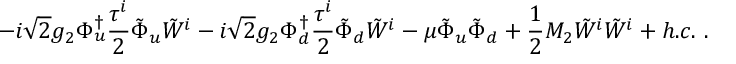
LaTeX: - i { \sqrt 2 } g _ { 2 } \Phi _ { u } ^ { \dagger } { \frac { \tau ^ { i } } { 2 } } { \tilde { \Phi } } _ { u } { \tilde { W } } ^ { i } - i { \sqrt 2 } g _ { 2 } \Phi _ { d } ^ { \dagger } { \frac { \tau ^ { i } } { 2 } } { \tilde { \Phi } } _ { d } { \tilde { W } } ^ { i } - \mu { \tilde { \Phi } } _ { u } { \tilde { \Phi } } _ { d } + { \frac { 1 } { 2 } } M _ { 2 } { \tilde { W } } ^ { i } { \tilde { W } } ^ { i } + h . c . \ .